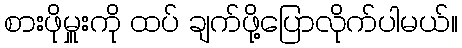
စားဖိုမှူးကို ထပ် ချက်ဖို့ပြောလိုက်ပါမယ်။